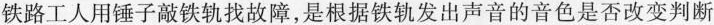
铁路工人用锤子敲铁轨找故障，是根据铁轨发出声音的音色是否改变判断